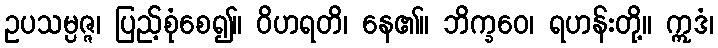
ဥပသမ္ပဇ္ဇ၊ ပြည့်စုံစေ၍။ ဝိဟရတိ၊ နေ၏။ ဘိက္ခဝေ၊ ရဟန်းတို့။ ဣဒံ၊